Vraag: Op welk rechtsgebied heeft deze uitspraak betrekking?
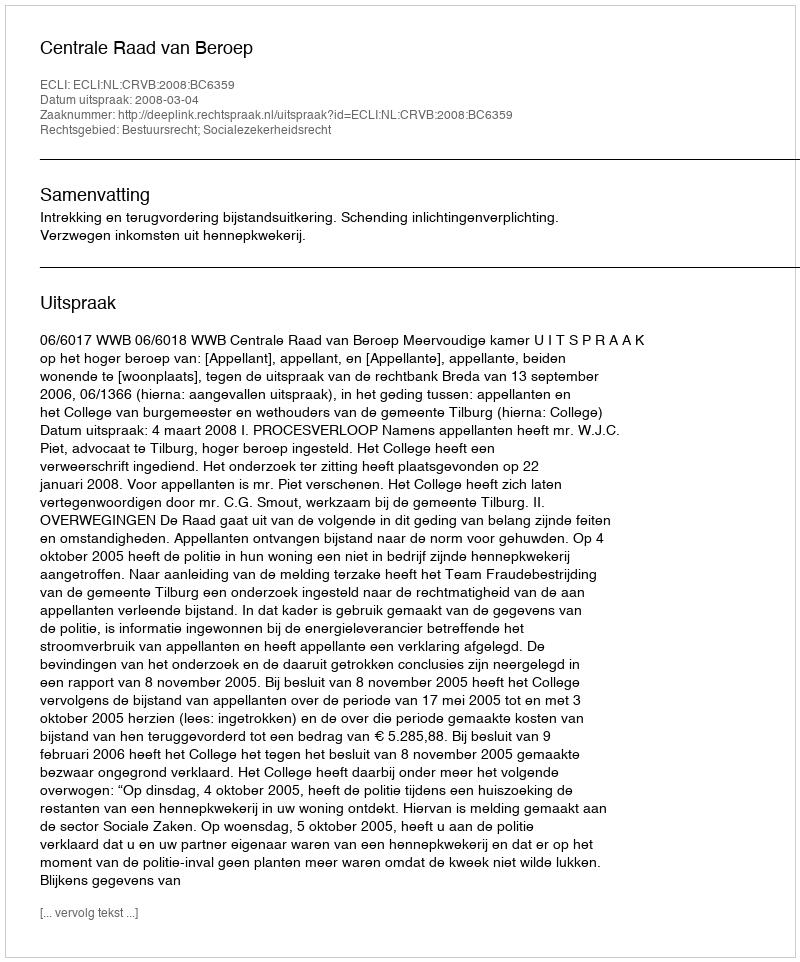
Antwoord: Bestuursrecht; Socialezekerheidsrecht